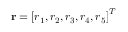
{ \bf r } = \left[ r _ { 1 } , r _ { 2 } , r _ { 3 } , r _ { 4 } , r _ { 5 } \right] ^ { T }